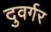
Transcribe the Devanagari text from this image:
दुवर्गर